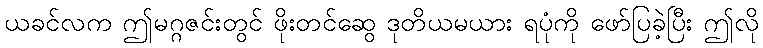
ယခင်လက ဤမဂ္ဂဇင်းတွင် ဖိုးတင်ဆွေ ဒုတိယမယား ရပုံကို ဖော်ပြခဲ့ပြီး ဤလို